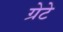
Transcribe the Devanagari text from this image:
ग्रेटे